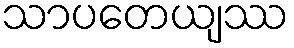
သာပတေယျဿ